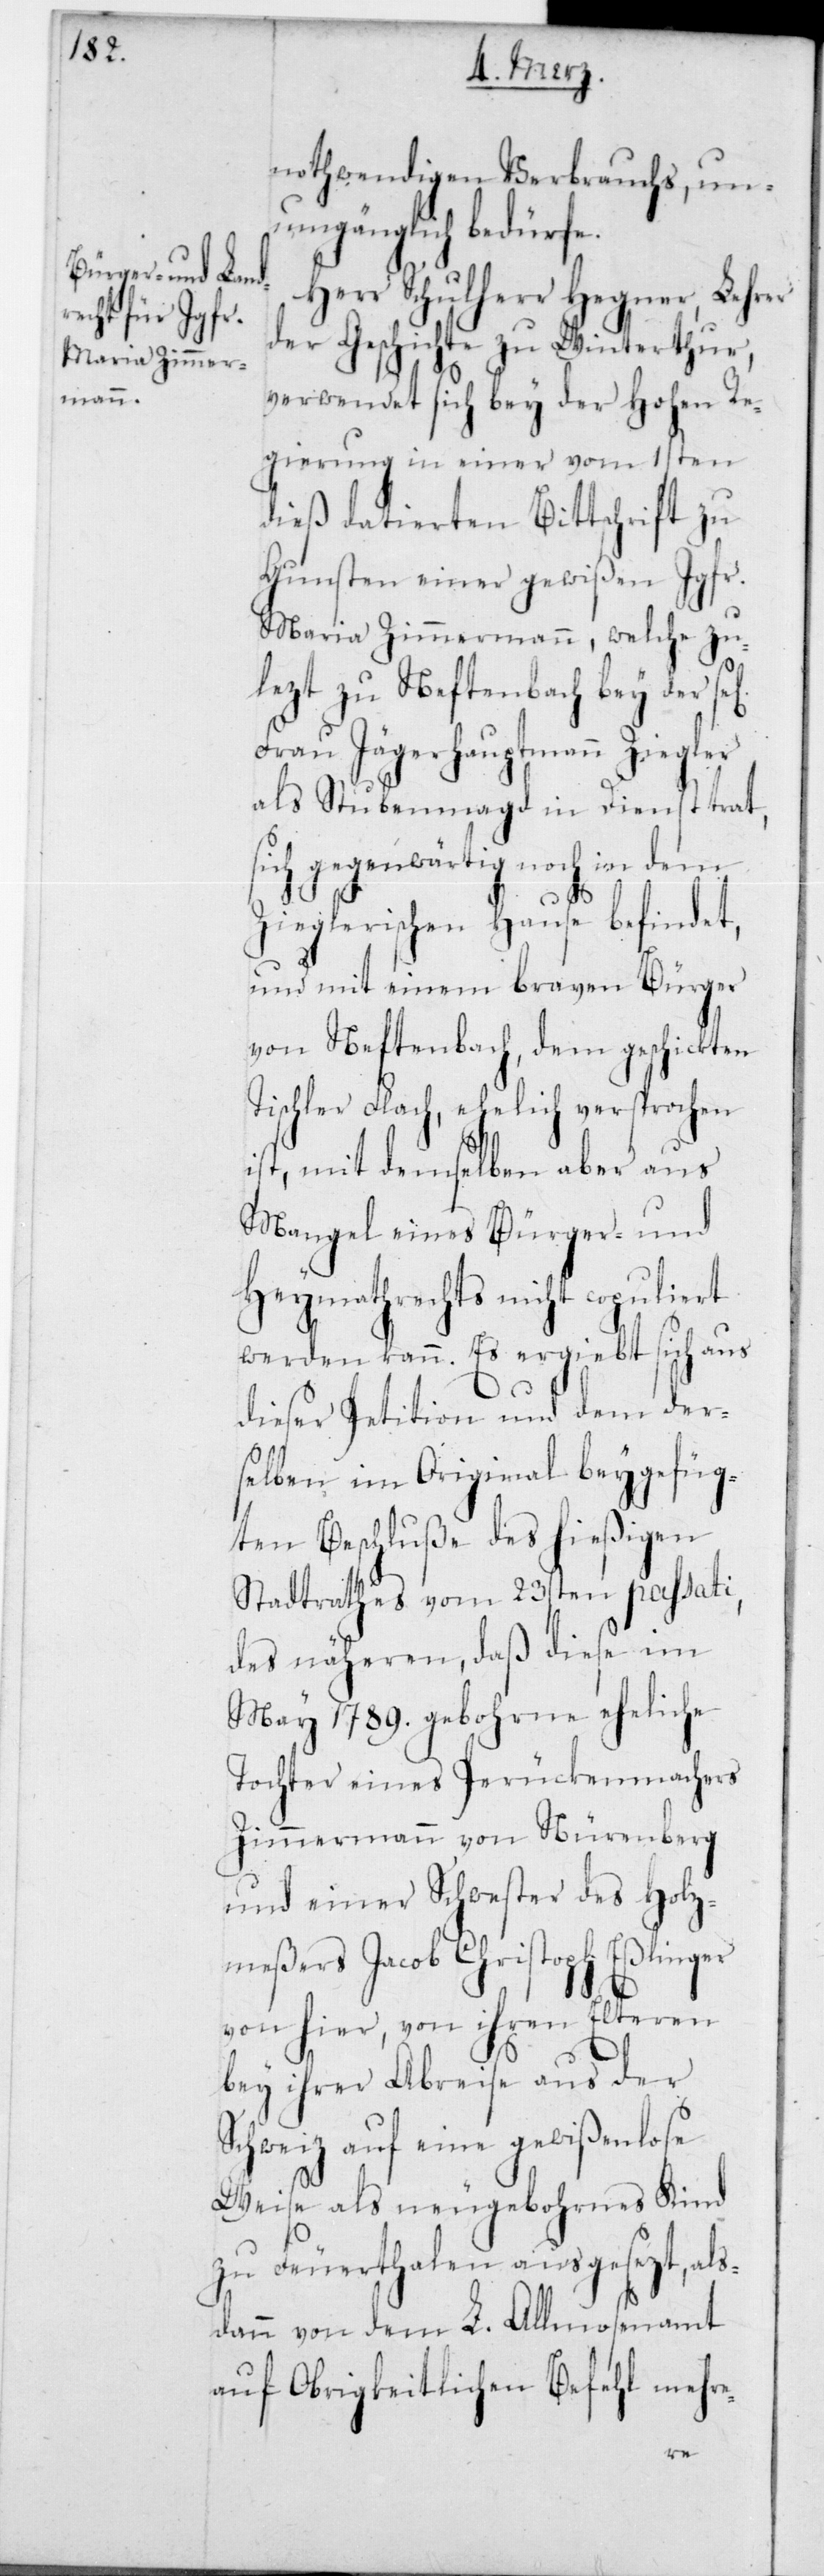
nothwendigen Verbrauchs, un¬
umgänglich bedürfe.
Herr Schulherr Hegner, Lehrer
der Geschichte zu Winterthur,
verwendet sich bei der Hohen Re¬
gierung in einer vom 1sten
dieß datierten Bittschrift zu
Gunsten einer gewißen Jgfr.
Maria Zimmermann, welche zu¬
lezt zu Neftenbach bey der sel.
Frau Jägerhauptmann Ziegler
als Stubenmagd in Dienst trat,
sich gegenwärtig noch in dem
Zieglerischen Hause befindet,
und mit einem braven Bürger
von Neftenbach, dem geschickten
Tischler Flach, ehelich versprochen
ist, mit demselben aber aus
Mangel eines Bürger- und
Heymathrechts nicht copuliert
werden kann. Es ergiebt sich aus
dieser Petition und dem der¬
selben im Original beygefüg¬
ten Beschluße des hießigen
Stadtrathes vom 23sten passati,
des näheren, daß diese im
May 1789 gebohrne eheliche
Tochter eines Perückenmachers
Zimmermann von Nürenberg
und einer Schwester des Holz¬
meßers Jacob Christoph Eßlinger
von hier, von ihren Elteren
bey ihrer Abreise aus der
Schweiz auf eine gewißenlose
Weise als neugebohrnes Kind
zu Feuerthalen ausgesezt, al¬
sdann von dem L. Almosenamt
auf Obrigkeitlichen Befehl mehre-